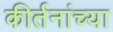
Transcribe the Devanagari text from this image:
कीर्तनांच्या